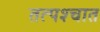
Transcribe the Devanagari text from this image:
तत्‍पश्‍चात